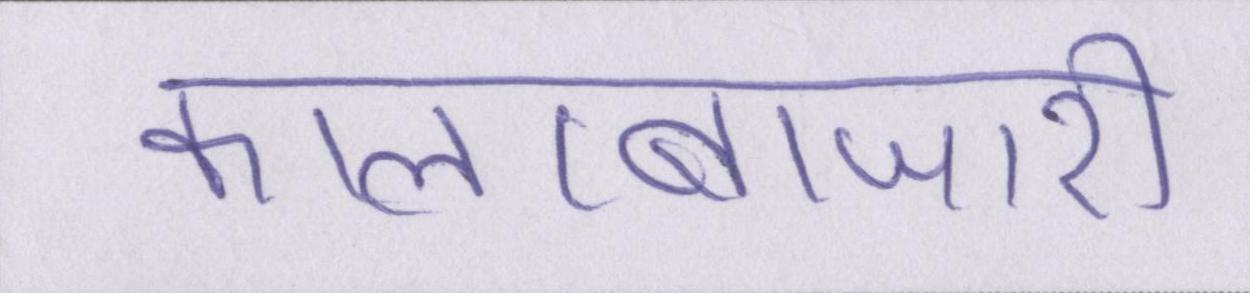
कालाबाजारी